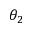
\theta _ { 2 }